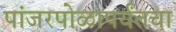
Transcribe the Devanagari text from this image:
पांजरपोळापर्यंतचा